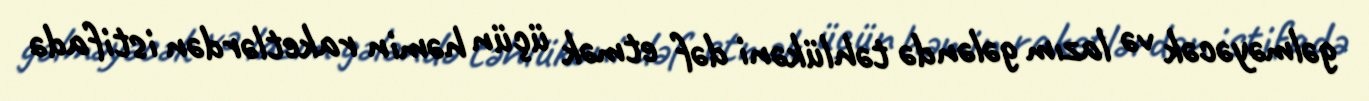
gəlməyəcək və lazım gələndə təhlükəni dəf etmək üçün həmin raketlərdən istifadə